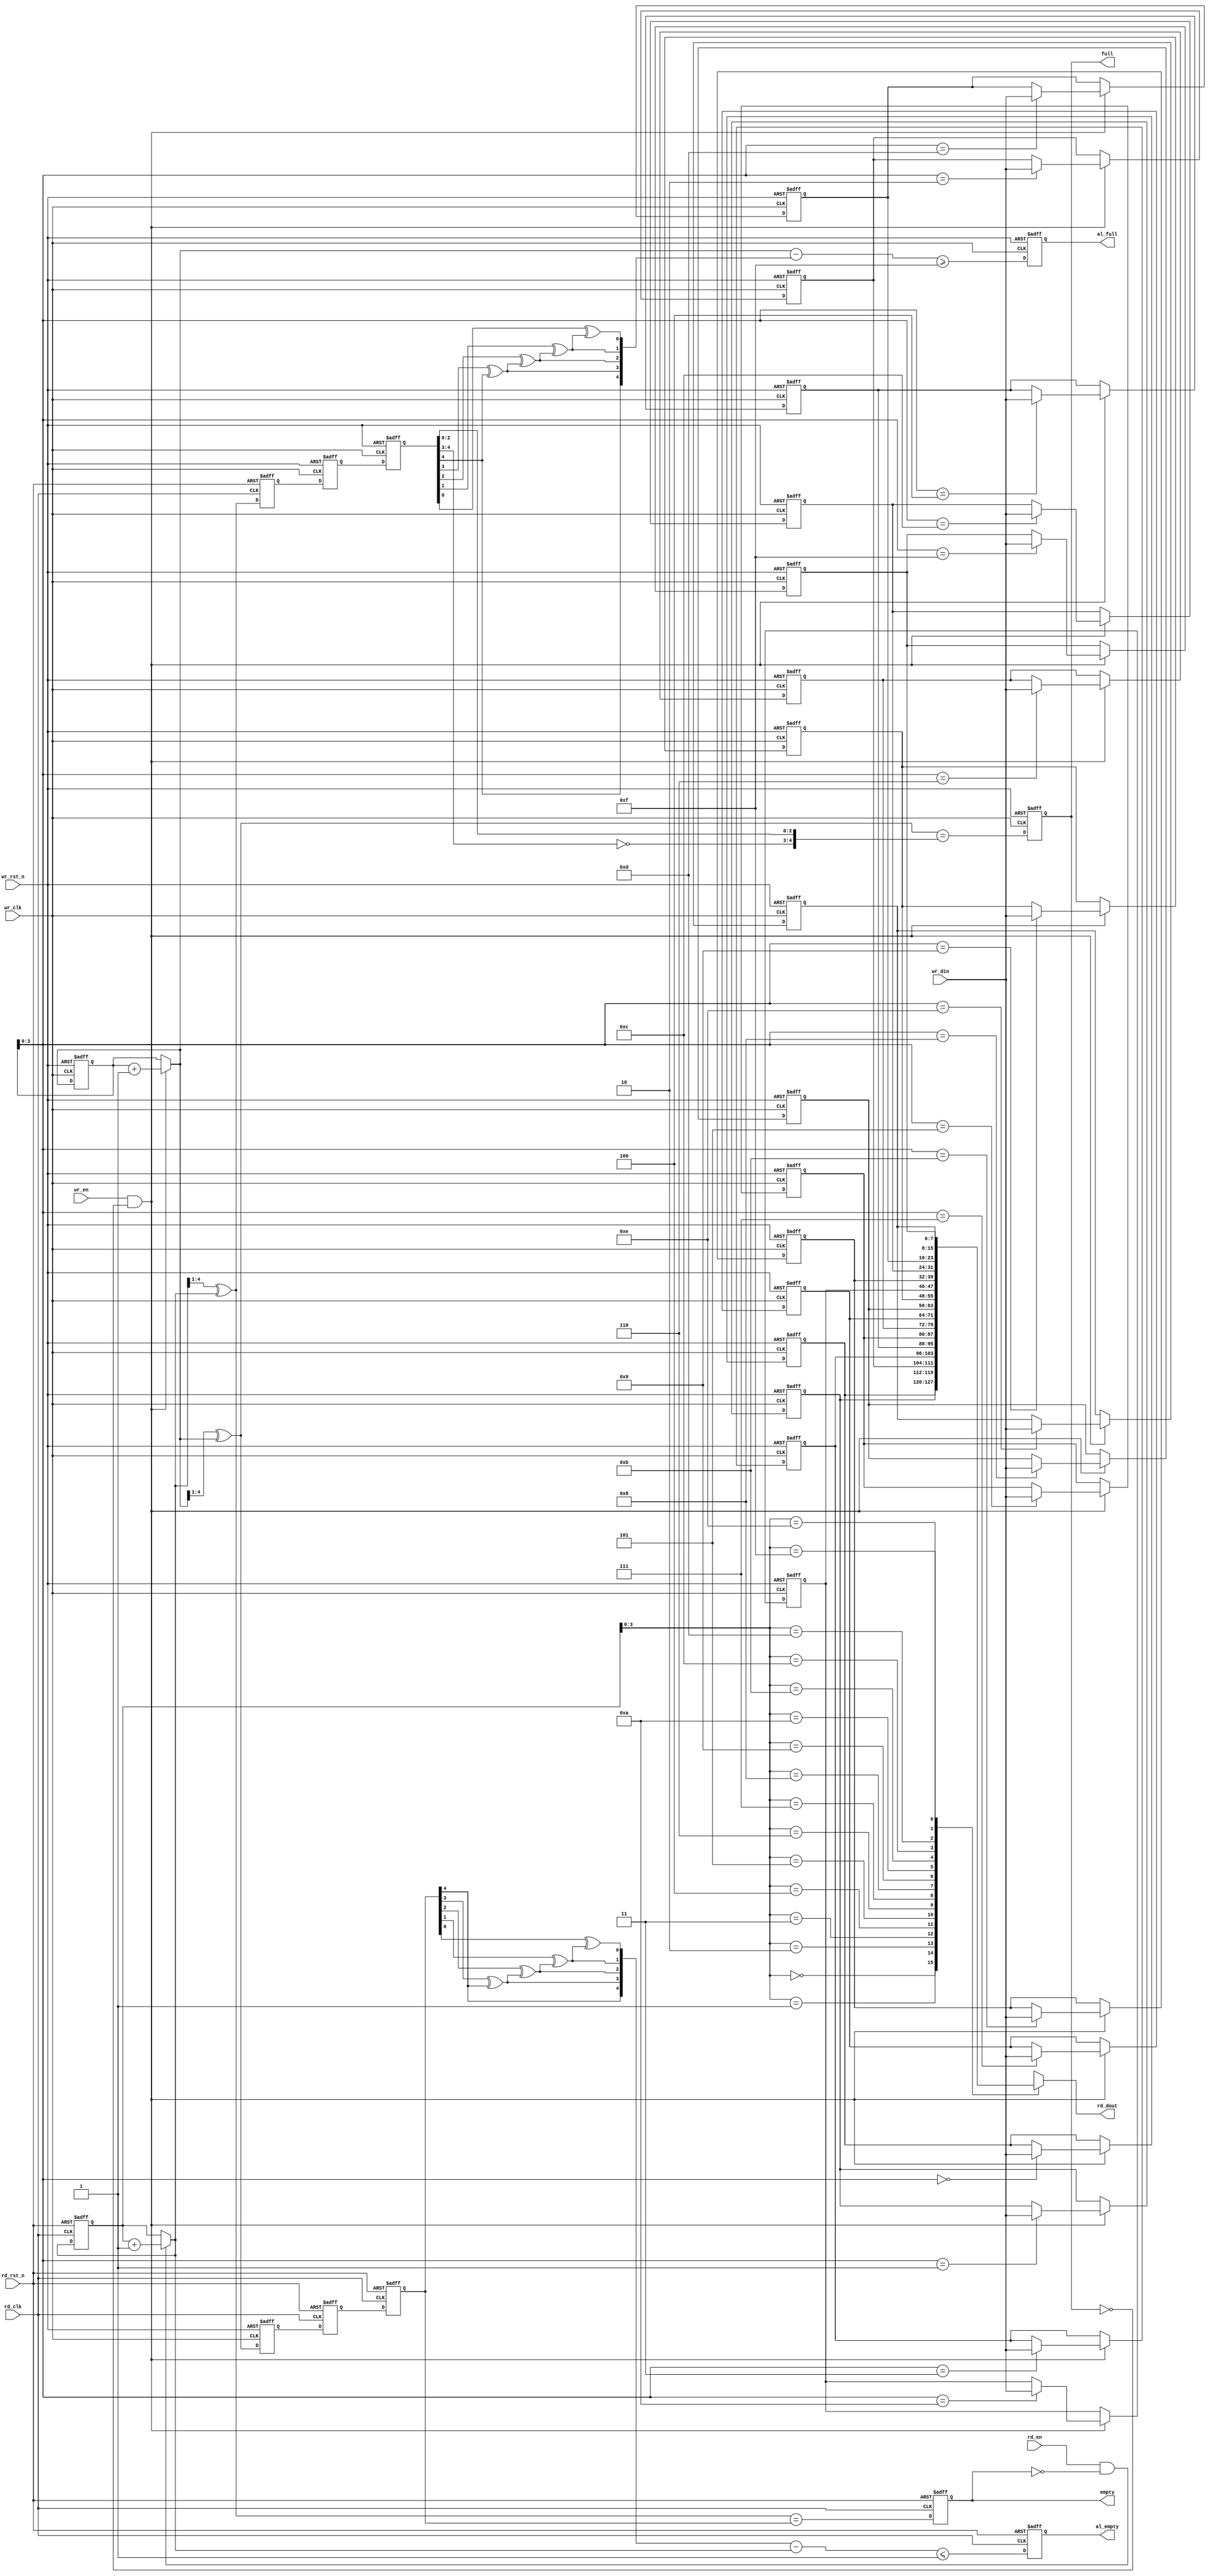
module asy_fifo #(
    parameter DATA_WIDTH = 8,
    parameter DEPTH      = 16
) (
    input                       wr_clk      ,
    input                       wr_rst_n    ,
    input      [DATA_WIDTH-1:0] wr_din      ,
    input                       wr_en       ,
    input                       rd_clk      ,
    input                       rd_rst_n    ,
    input                       rd_en       ,
    output     [DATA_WIDTH-1:0] rd_dout     ,
    output reg                  full        ,
    output reg                  empty       ,
    output reg                  al_full     ,
    output reg                  al_empty
);

    localparam PTR_WIDTH = (log2(DEPTH)==0) ? 1 : log2(DEPTH);

    reg  [DATA_WIDTH-1:0] fifo_mem [0:DEPTH-1]  ;
    reg  [PTR_WIDTH:0]    wr_ptr                ;
    reg  [PTR_WIDTH:0]    wr_ptr_gray           ;
    reg  [PTR_WIDTH:0]    wr_ptr_gray_rsyn1     ;
    reg  [PTR_WIDTH:0]    wr_ptr_gray_rsyn2     ;
    reg  [PTR_WIDTH:0]    rd_ptr                ;
    reg  [PTR_WIDTH:0]    rd_ptr_gray           ;
    reg  [PTR_WIDTH:0]    rd_ptr_gray_wsyn1     ;
    reg  [PTR_WIDTH:0]    rd_ptr_gray_wsyn2     ;
    wire [PTR_WIDTH:0]    wr_ptr_nxt            ;
    wire [PTR_WIDTH:0]    rd_ptr_nxt            ;
    wire [PTR_WIDTH:0]    rd_ptr_nxt_gray       ;
    wire [PTR_WIDTH:0]    wr_ptr_nxt_gray       ;
    wire [PTR_WIDTH:0]    wr_ptr_gray_rsyn      ;
    wire [PTR_WIDTH:0]    rd_ptr_gray_wsyn      ;
    wire                  full_comb             ;
    wire                  empty_comb            ;
    wire [PTR_WIDTH:0]    wr_ptr_rsyn           ;
    wire [PTR_WIDTH:0]    rd_ptr_wsyn           ;
    wire                  al_full_comb          ;
    wire                  al_empty_comb         ;
    wire [PTR_WIDTH:0]    wr_rmn                ;
    wire [PTR_WIDTH:0]    rd_rmn                ;

    
    always @(posedge wr_clk or negedge wr_rst_n) begin
        if(!wr_rst_n)
            wr_ptr <= {(PTR_WIDTH+1){1'b0}};
        else
            wr_ptr <= wr_ptr_nxt;
    end

    assign wr_ptr_nxt = (wr_en&(~full)) ? (wr_ptr+1) : wr_ptr;

    always @(posedge rd_clk or negedge rd_rst_n) begin
        if(!rd_rst_n)
            rd_ptr <= {(PTR_WIDTH+1){1'b0}};
        else
            rd_ptr <= rd_ptr_nxt;
    end

    assign rd_ptr_nxt = (rd_en&(~empty))?(rd_ptr+1):rd_ptr;

    assign rd_ptr_nxt_gray = (rd_ptr_nxt>>1) ^ rd_ptr_nxt;
    assign wr_ptr_nxt_gray = (wr_ptr_nxt>>1) ^ wr_ptr_nxt;

    always @(posedge wr_clk or negedge wr_rst_n) begin
        if(!wr_rst_n)
            wr_ptr_gray <= {(PTR_WIDTH+1){1'b0}};
        else
            wr_ptr_gray <= wr_ptr_nxt_gray;
    end

    always @(posedge rd_clk or negedge rd_rst_n) begin
        if(!rd_rst_n)
            rd_ptr_gray <= {(PTR_WIDTH+1){1'b0}};
        else
            rd_ptr_gray <= rd_ptr_nxt_gray;
    end

    always @(posedge wr_clk or negedge wr_rst_n) begin
        if(!wr_rst_n) begin
            rd_ptr_gray_wsyn1 <= {(PTR_WIDTH+1){1'b0}};
            rd_ptr_gray_wsyn2 <= {(PTR_WIDTH+1){1'b0}};
        end
        else begin
            rd_ptr_gray_wsyn1 <= rd_ptr_gray;
            rd_ptr_gray_wsyn2 <= rd_ptr_gray_wsyn1;
        end
    end

    always @(posedge rd_clk or negedge rd_rst_n) begin
        if(!rd_rst_n) begin
            wr_ptr_gray_rsyn1 <= {(PTR_WIDTH+1){1'b0}};
            wr_ptr_gray_rsyn2 <= {(PTR_WIDTH+1){1'b0}};
        end
        else begin
            wr_ptr_gray_rsyn1 <= wr_ptr_gray;
            wr_ptr_gray_rsyn2 <= wr_ptr_gray_rsyn1;
        end
    end

    assign wr_ptr_gray_rsyn = wr_ptr_gray_rsyn2;
    assign rd_ptr_gray_wsyn = rd_ptr_gray_wsyn2;

    assign full_comb = (wr_ptr_nxt_gray=={~rd_ptr_gray_wsyn[PTR_WIDTH:PTR_WIDTH-1],rd_ptr_gray_wsyn[PTR_WIDTH-2:0]});
    assign empty_comb = (rd_ptr_nxt_gray==wr_ptr_gray_rsyn);

    always @(posedge wr_clk or negedge wr_rst_n) begin
        if(!wr_rst_n)
            full <= 1'b0;
        else
            full <= full_comb;        
    end

    always @(posedge rd_clk or negedge rd_rst_n) begin
        if(!rd_rst_n)
            empty <= 1'b0;
        else 
            empty <= empty_comb;
    end

    generate
        genvar i;
        for(i=PTR_WIDTH;i>=0;i=i-1) begin:WR_GRAY_TO_BIN
            if(i==PTR_WIDTH) begin
                assign wr_ptr_rsyn[i] = wr_ptr_gray_rsyn[i];
                assign rd_ptr_wsyn[i] = rd_ptr_gray_wsyn[i];
            end
            else begin
                assign wr_ptr_rsyn[i] = wr_ptr_gray_rsyn[i] ^ wr_ptr_rsyn[i+1];
                assign rd_ptr_wsyn[i] = rd_ptr_gray_wsyn[i] ^ rd_ptr_wsyn[i+1];
            end
        end
    endgenerate

    assign wr_rmn = wr_ptr_nxt - rd_ptr_wsyn;
    assign rd_rmn = wr_ptr_rsyn - rd_ptr_nxt;

    assign al_full_comb = (wr_rmn>=DEPTH-1);
    assign al_empty_comb = (rd_rmn<=1);

    always @(posedge wr_clk or negedge wr_rst_n) begin
        if(!wr_rst_n)
            al_full <= 1'b0;
        else
            al_full <= al_full_comb;
    end

    always @(posedge rd_clk or negedge rd_rst_n) begin
        if(!rd_rst_n)
            al_empty <= 1'b0;
        else
            al_empty <= al_empty_comb;
    end

    integer j;
    always @(posedge wr_clk or negedge wr_rst_n) begin
        if(!wr_rst_n)
            for(j=0;j<DEPTH;j=j+1)
                fifo_mem[j] <= {DATA_WIDTH{1'b0}};
        else if(wr_en & (~full))
            fifo_mem[wr_ptr[PTR_WIDTH-1:0]] <= wr_din;
    end

    /*always @(posedge rd_clk or negedge rd_rst_n) begin
        if(!rd_rst_n)
            rd_dout <= {DATA_WIDTH{1'b0}};
        else if(rd_en & (~empty))
            rd_dout <= fifo_mem[rd_ptr[PTR_WIDTH-1:0]];
    end*/

    assign rd_dout = fifo_mem[rd_ptr[PTR_WIDTH-1:0]];

    function integer log2;
        input integer depth;
        begin
            for(log2=0;depth>1;log2=log2+1)
                depth = depth>>1;
        end
    endfunction

endmodule